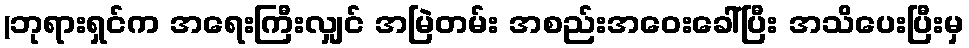
(ဘုရားရှင်က အရေးကြီးလျှင် အမြဲတမ်း အစည်းအဝေးခေါ်ပြီး အသိပေးပြီးမှ